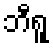
ဘီရူ